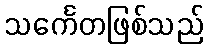
သင်္ကေတဖြစ်သည်